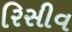
રિસીવ